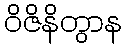
ဝိဇိနိတွာန